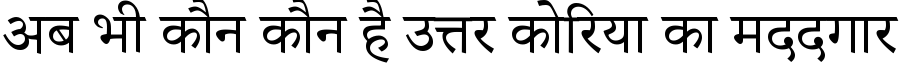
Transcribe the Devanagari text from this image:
अब भी कौन कौन है उत्तर कोरिया का मददगार